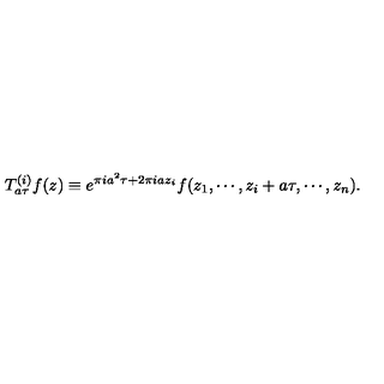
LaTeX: T _ { a \tau } ^ { ( i ) } f ( z ) \equiv e ^ { \pi i a ^ { 2 } \tau + 2 \pi i a z _ { i } } f ( z _ { 1 } , \cdots , z _ { i } + a \tau , \cdots , z _ { n } ) .